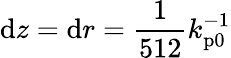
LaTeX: \mathrm{d}z=\mathrm{d}r=\frac{1}{512}k_{\mathrm{p0}}^{-1}